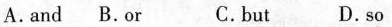
A. and B. or C. but D. so